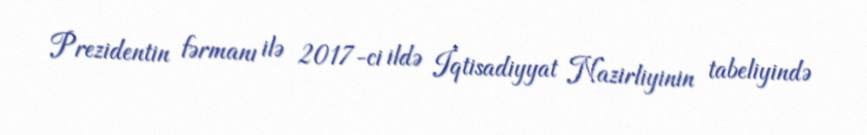
Prezidentin fərmanı ilə 2017-ci ildə İqtisadiyyat Nazirliyinin tabeliyində